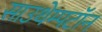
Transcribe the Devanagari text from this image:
साउथेम्पटॉन